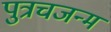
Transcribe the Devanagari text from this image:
पुत्रचजन्म